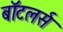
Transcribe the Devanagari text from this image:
बॉटलर्स